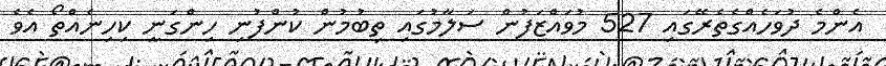
އެންމެ ދުވަހެއްގެތެރޭގައި 527 މުވައްޒަފުން ސަލާމުގައި ތިބުމުން ކުންފުނި ހިންގަނީ ކިހިނެއްތޯ އެވެ